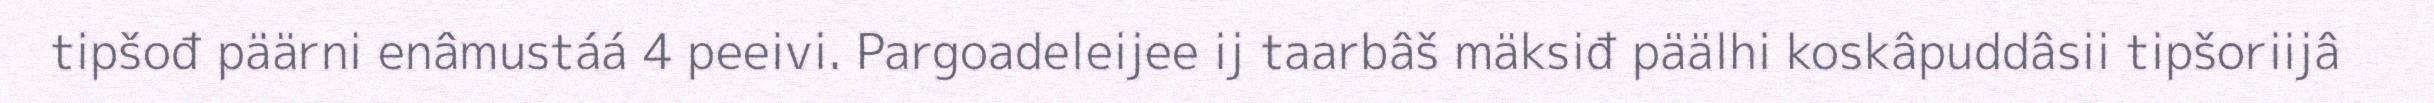
tipšođ päärni enâmustáá 4 peeivi. Pargoadeleijee ij taarbâš mäksiđ päälhi koskâpuddâsii tipšoriijâ